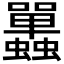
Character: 𧕦